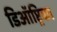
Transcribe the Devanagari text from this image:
डिऑप्ट्रिका